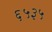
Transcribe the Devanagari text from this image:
६५३५